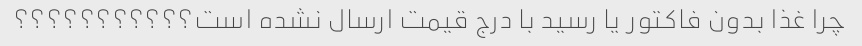
چرا غذا بدون فاکتور یا رسید با درج قیمت ارسال نشده است؟؟؟؟؟؟؟؟؟؟؟